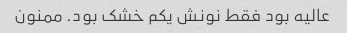
عالیه بود فقط نونش یکم خشک بود. ممنون